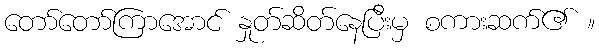
တော်တော်ကြာအောင် နှုတ်ဆိတ်နေပြီးမှ စကားဆက်၏ ။